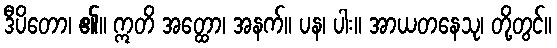
ဒီပိတော၊ ၏။ ဣတိ အတ္ထော၊ အနက်။ ပန၊ ပါး။ အာယတနေသု၊ တို့တွင်။